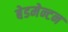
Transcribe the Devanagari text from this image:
बेडमेन्टन